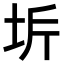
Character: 𭎋